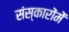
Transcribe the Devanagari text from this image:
संस्कारोंमें